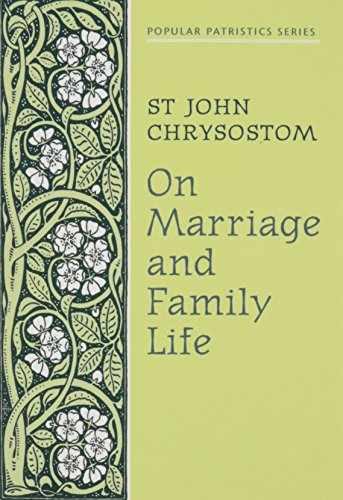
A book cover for On Marriage and Family Life; Saint John Chrysostom; Christian Books & Bibles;